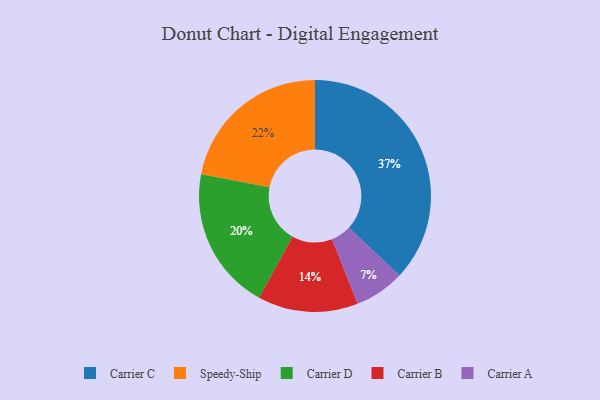
{"axis": {"x": "Category", "y": "Percentage"}, "legend": ["Carrier A", "Carrier B", "Carrier C", "Carrier D", "Speedy-Ship"], "data": [{"x": "Carrier B", "y": 14, "type": "Carrier B"}, {"x": "Carrier A", "y": 7, "type": "Carrier A"}, {"x": "Carrier C", "y": 37, "type": "Carrier C"}, {"x": "Carrier D", "y": 20, "type": "Carrier D"}, {"x": "Speedy-Ship", "y": 22, "type": "Speedy-Ship"}]}